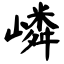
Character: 嶙